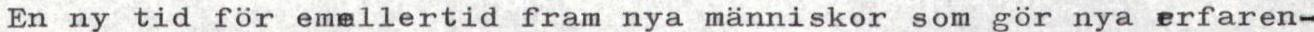
En ny tid för emellertid fram nya människor som gör nya erfaren-